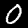
Digit: 0